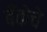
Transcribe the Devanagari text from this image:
बँकेचे